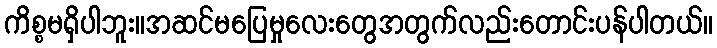
ကိစ္စမရှိပါဘူး။အဆင်မပြေမှုလေးတွေအတွက်လည်းတောင်းပန်ပါတယ်။